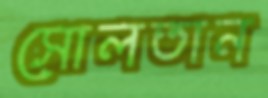
সোলতান